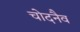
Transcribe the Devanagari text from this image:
चोदनैव